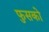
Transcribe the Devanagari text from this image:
फुसको